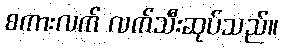
စကားလက် လက်သီးဆုပ်သည်။